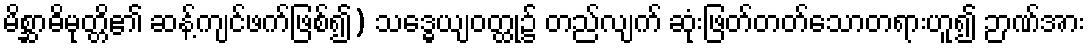
မိစ္ဆာဓိမုတ္တိ၏ ဆန့်ကျင်ဖက်ဖြစ်၍) သဒ္ဓေယျဝတ္ထု၌ တည်လျက် ဆုံးဖြတ်တတ်သောတရားဟူ၍ ဉာဏ်အား